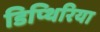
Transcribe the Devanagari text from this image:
डिप्थिरिया